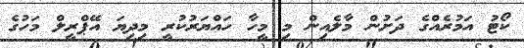
ކޯޓު އަމުރެއްގެ ދަށުން މާލެއިން މި މީހާ ހައްޔަރުކުރީ މިދިޔަ އޭޕްރީލް މަހުގެ